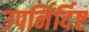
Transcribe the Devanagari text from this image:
उपर्निर्दिष्ट